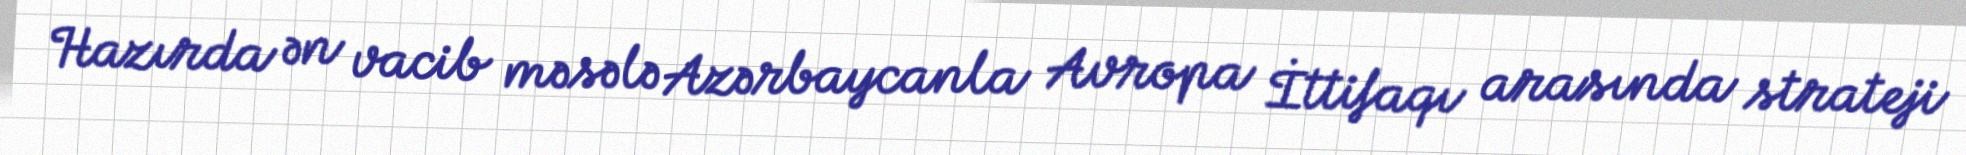
Hazırda ən vacib məsələ Azərbaycanla Avropa İttifaqı arasında strateji